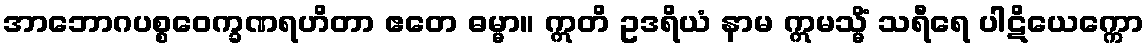
အာဘောဂပစ္စဝေက္ခဏရဟိတာ ဧတေ ဓမ္မာ။ ဣတိ ဥဒရိယံ နာမ ဣမသ္မိံ သရီရေ ပါဋိယေက္ကော